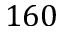
1 6 0